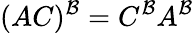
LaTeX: (AC)^{\mathcal{B}}=C^{\mathcal{B}}A^{\mathcal{B}}